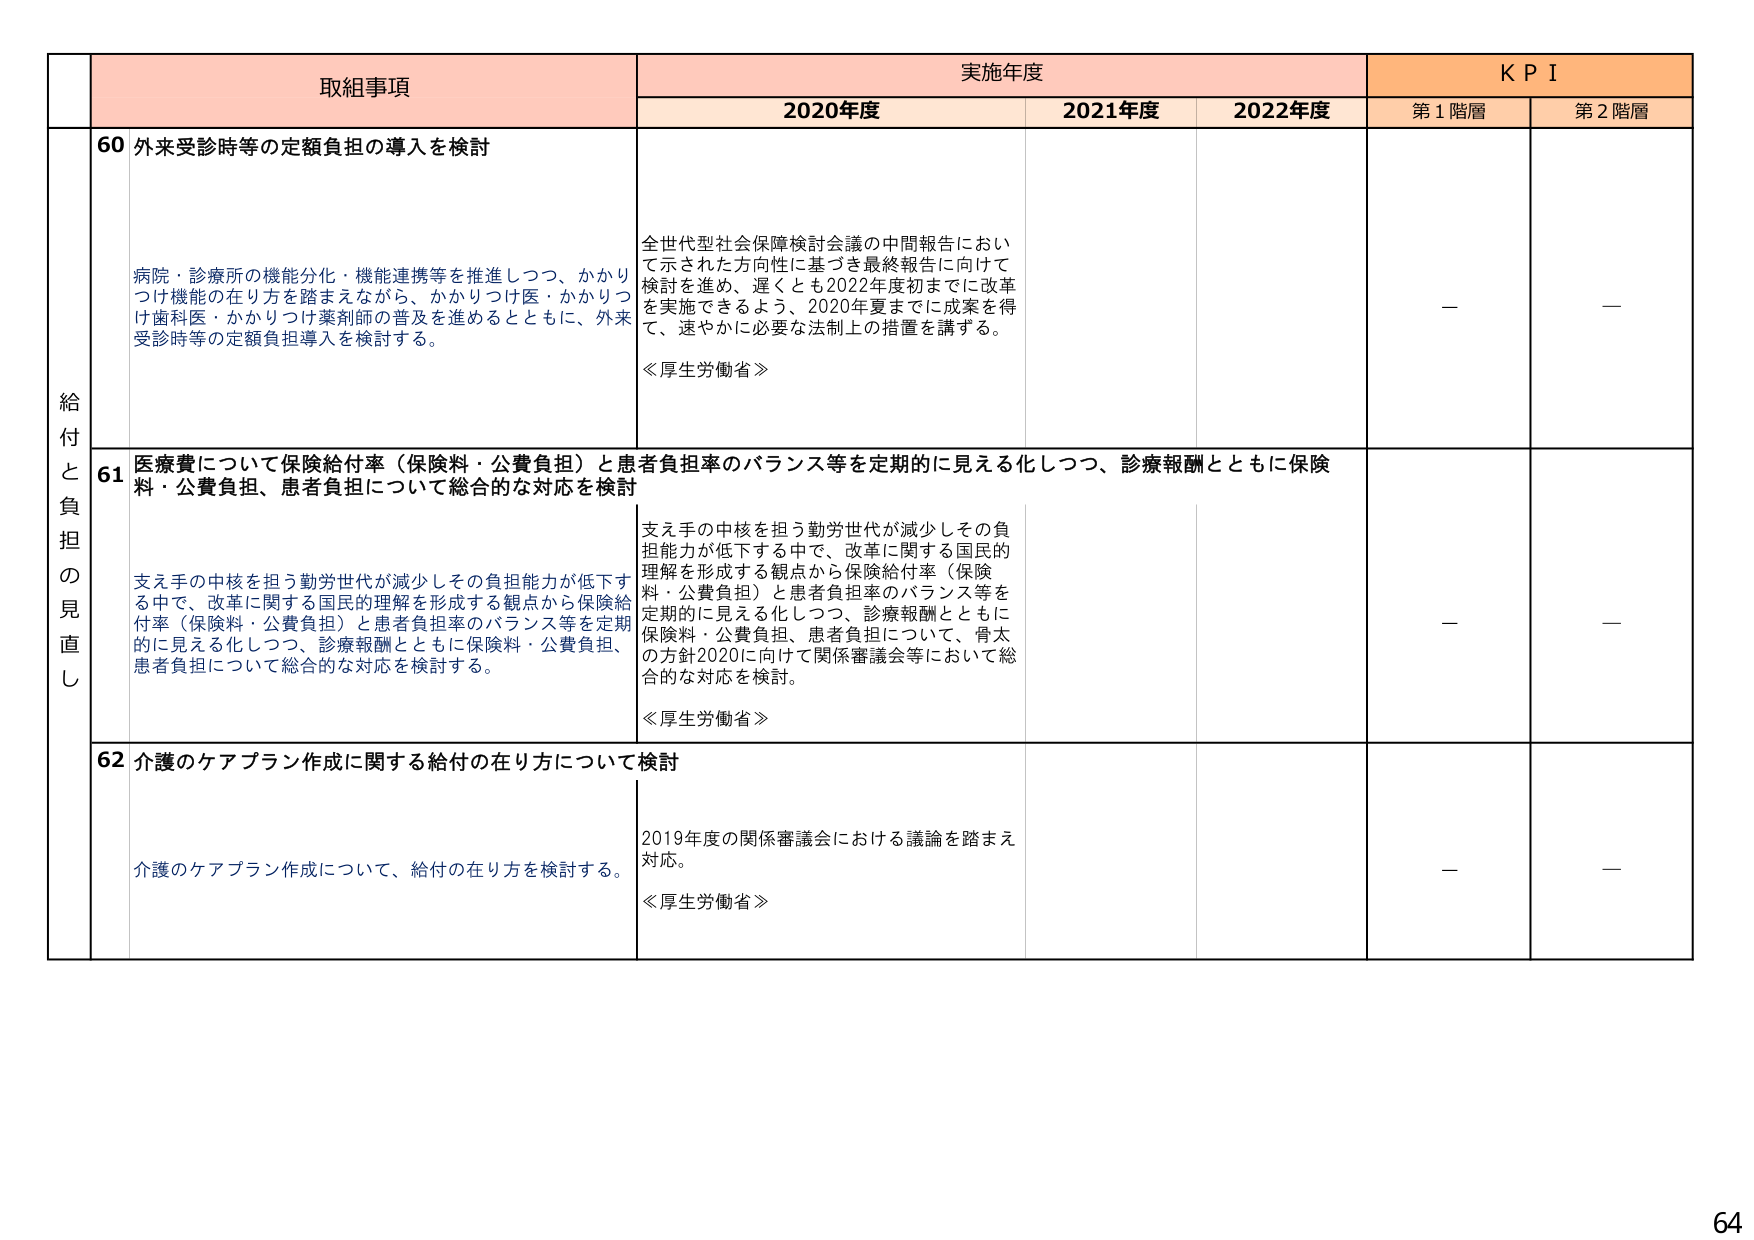
取組事項
実施年度
K P I
2020年度
2021年度
2022年度
第1階層
第2階層
給付と負担の見直し
60 外来受診時等の定額負担の導入を検討
病院・診療所の機能分化・機能連携等を推進しつつ、かかりつけ機能の在り方を踏まえながら、かかりつけ医・かかりつけ歯科医・かかりつけ薬剤師の普及を進めるとともに、外来受診時等の定額負担導入を検討する。
全世代型社会保障検討会議の中間報告において示された方向性に基づき最終報告に向けて検討を進め、遅くとも2022年度初までに改革を実施できるよう、2020年夏までに成案を得て、速やかに必要な法制上の措置を講ずる。
≪厚生労働省≫
—
—
61 医療費について保険給付率（保険料・公費負担）と患者負担率のバランス等を定期的に見える化しつつ、診療報酬とともに保険料・公費負担、患者負担について総合的な対応を検討
支え手の中核を担う勤労世代が減少しその負担能力が低下する中で、改革に関する国民的理解を形成する観点から保険給付率（保険料・公費負担）と患者負担率のバランス等を定期的に見える化しつつ、診療報酬とともに保険料・公費負担、患者負担について総合的な対応を検討する。
支え手の中核を担う勤労世代が減少しその負担能力が低下する中で、改革に関する国民的理解を形成する観点から保険給付率（保険料・公費負担）と患者負担率のバランス等を定期的に見える化しつつ、診療報酬とともに保険料・公費負担、患者負担について、骨太の方針2020に向けて関係審議会等において総合的な対応を検討。
≪厚生労働省≫
—
—
62 介護のケアプラン作成に関する給付の在り方について検討
介護のケアプラン作成について、給付の在り方を検討する。
2019年度の関係審議会における議論を踏まえ対応。
≪厚生労働省≫
—
—
64